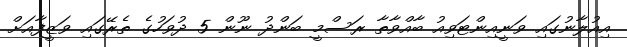
އިއުލާނުގައި ވަނީއިންޓަވިއު ބާއްވާތާ ރަސްމީ ބަންދު ނޫން 5 ދުވަހުގެ ތެރޭގައި ވަޒީފާއަށް